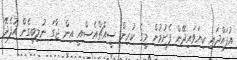
އުފައްދައި ކިޔަވައިދޭން ފެށުމުން މީގެ ކުރިން ސީއެޗްއެސްއީ އިން ޖާގަ ނުލިބިގެން އުފެދޭ